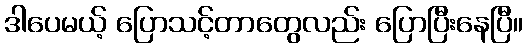
ဒါပေမယ့် ပြောသင့်တာတွေလည်း ပြောပြီးနေပြီ။